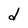
Character: d